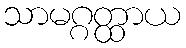
သာမဂ္ဂတ္ထာယ